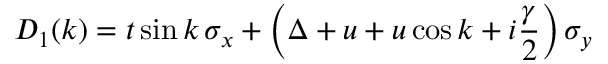
D _ { 1 } ( k ) = t \sin k \, \sigma _ { x } + \left( \Delta + u + u \cos k + i \frac { \gamma } { 2 } \right) \sigma _ { y }